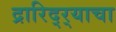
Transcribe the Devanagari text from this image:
द्रारिद्‌र्‍याचा